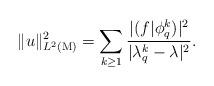
LaTeX: \begin{align*}\|u\|_{L^2(\mathrm{M})}^2=\sum_{k\ge 1} \frac{|(f|\phi_q^k)|^2}{|\lambda_q^k-\lambda|^2}.\end{align*}